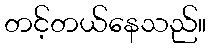
တင့်တယ်နေသည်။